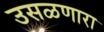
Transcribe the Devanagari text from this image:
उसळणारा